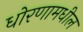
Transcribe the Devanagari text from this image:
धोरणामधील